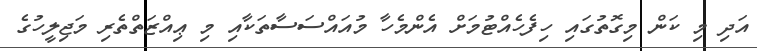
އަދި މި ކަން މިގޮތުގައި ހިފެހެއްޓުމަށް އެންމެހާ މުއައްސަސާތަކާއި މި ޢިއްޒަތްތެރި މަޖިލީހުގެ